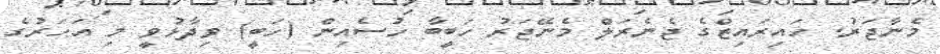
މެނާޖަރު